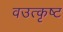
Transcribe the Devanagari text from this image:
वउत्कृष्ट